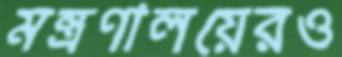
মন্ত্রণালয়েরও